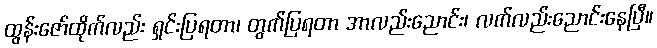
ထွန်းဇော်ထိုက်လည်း ရှင်းပြရတာ၊ တွက်ပြရတာ အာလည်းညောင်း၊ လက်လည်းညောင်းနေပြီ။